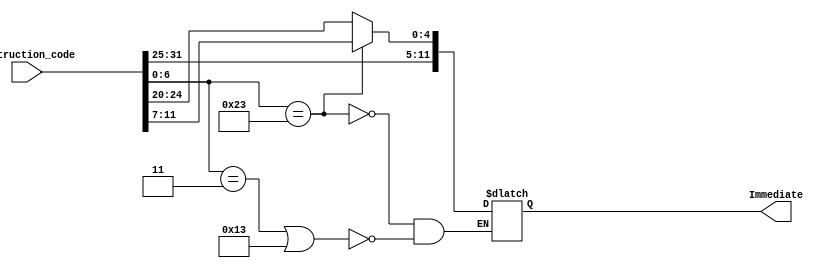
`timescale 1ns / 1ps

module Immediate_gen(
input [31:0] Instruction_code,
output reg [11:0] Immediate
);

wire [6:0] op;

assign op=Instruction_code[6:0];

always @(Instruction_code)
begin

if (op==7'b0000011||7'b0010011) // lw or addi
begin
Immediate<=Instruction_code[31:20];
end


if (op==7'b0100011) //sw
begin
Immediate<={Instruction_code[31:25],Instruction_code[11:7]};
end

end


endmodule